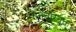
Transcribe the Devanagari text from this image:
शनिवारयुक्त